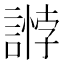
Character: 𧪶